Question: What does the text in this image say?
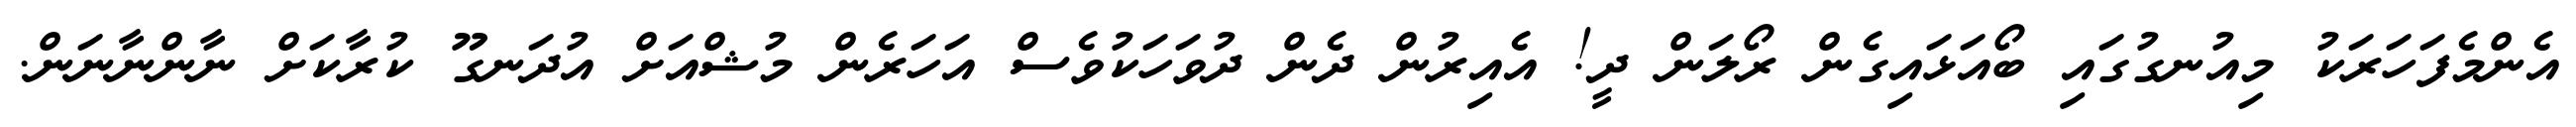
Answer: އެންމެފަހަރަކު މިއުނގުގައި ބޯއަޅައިގެން ރޯލަން ދީ! އެއިރުން ދެން ދުވަހަކުވެސް އަހަރެން މުޝްއަށް އުދަނގޫ ކުރާކަށް ނާންނާނަން.